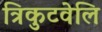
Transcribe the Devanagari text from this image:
त्रिकुटवेलि